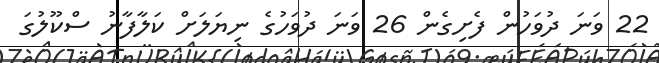
22 ވަނަ ދުވަހުން ފެށިގެން 26 ވަނަ ދުވަހުގެ ނިޔަލަށް ކަލާފާނު ސްކޫލުގަ